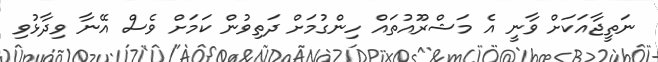
ނަތީޖާއަކަށް ވާނީ އެ މަޝްރޫއުތައް ހިންގުމަށް ދަތިވުން ކަމަށް ވެސް އޭނާ ވިދާޅުވި